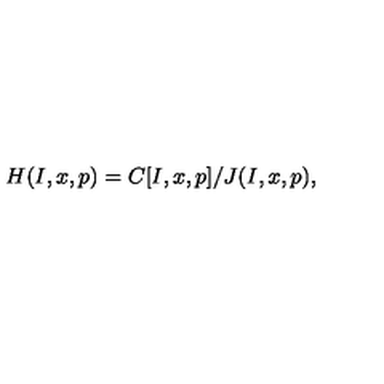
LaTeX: H ( I , x , p ) = C [ I , x , p ] / J ( I , x , p ) ,